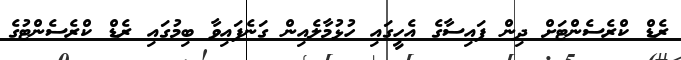
ރެޑް ކްރެސެންޓަށް ދިން ފައިސާގެ އެހީގައި ހުޅުމާލެއިން ގަނެފައިވާ ބިމުގައި ރެޑް ކްރެސެންޓުގެ